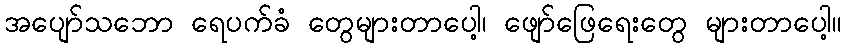
အပျော်သဘော ရေပက်ခံ တွေများတာပေါ့၊ ဖျော်ဖြေရေးတွေ များတာပေါ့။